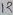
Text: 12